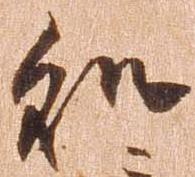
処